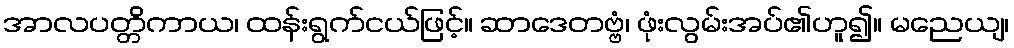
အာလပတ္တိကာယ၊ ထန်းရွက်ငယ်ဖြင့်။ ဆာဒေတဗ္ဗံ၊ ဖုံးလွမ်းအပ်၏ဟူ၍။ မညေယျ၊